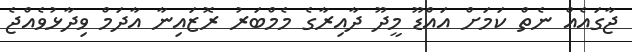
ޖާގައެއް ނެތް ކަމަށް އައްޑޫ މީދޫ ދާއިރާގެ މެމްބަރު ރޮޒައިނާ އާދަމް ވިދާޅުވެއްޖެ